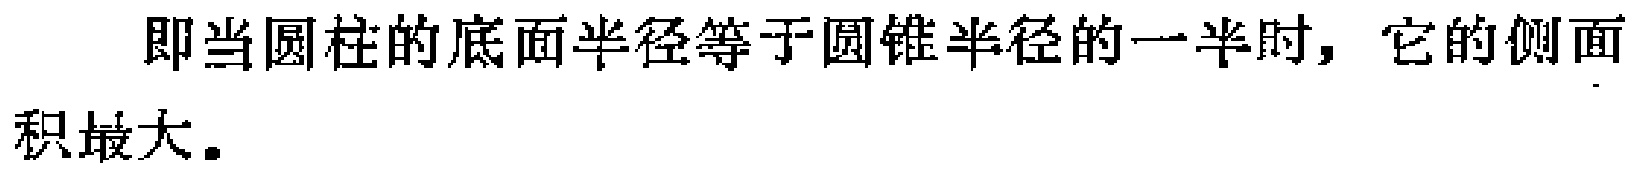
即当圆柱的底面半径等于圆锥半径的一半时，它的侧面积最大。